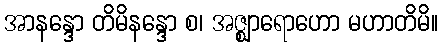
အာနန္ဒော တိမိနန္ဒော စ၊ အဇ္ဈာရောဟော မဟာတိမိ။